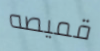
قميصه